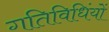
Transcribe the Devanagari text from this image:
गतिविधिंयों